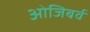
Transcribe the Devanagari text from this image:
ओजिबर्व